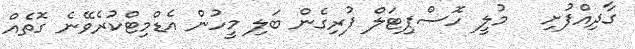
ގާދިއްފުށި   މުލީ ހޮސްޕިޓަލް ފުރިގެން ބަލި މީހުން އެޑްމިޓްކުރެވޭނެ ގޮތެއް